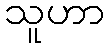
သူဟာ